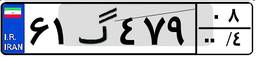
۶۱گ۴۷۹۰۸